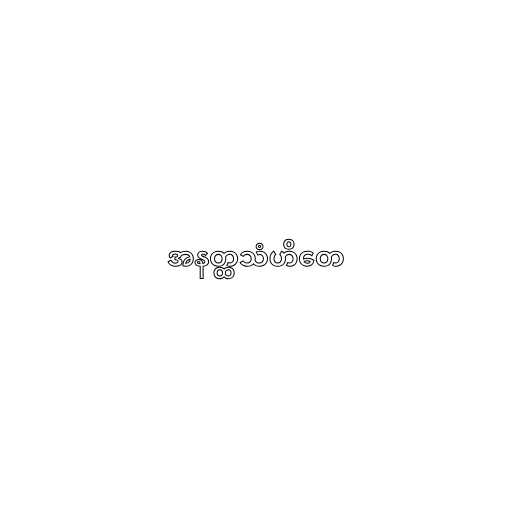
အနတ္ထသံဟိတေ